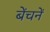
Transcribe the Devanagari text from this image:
बेंचनें